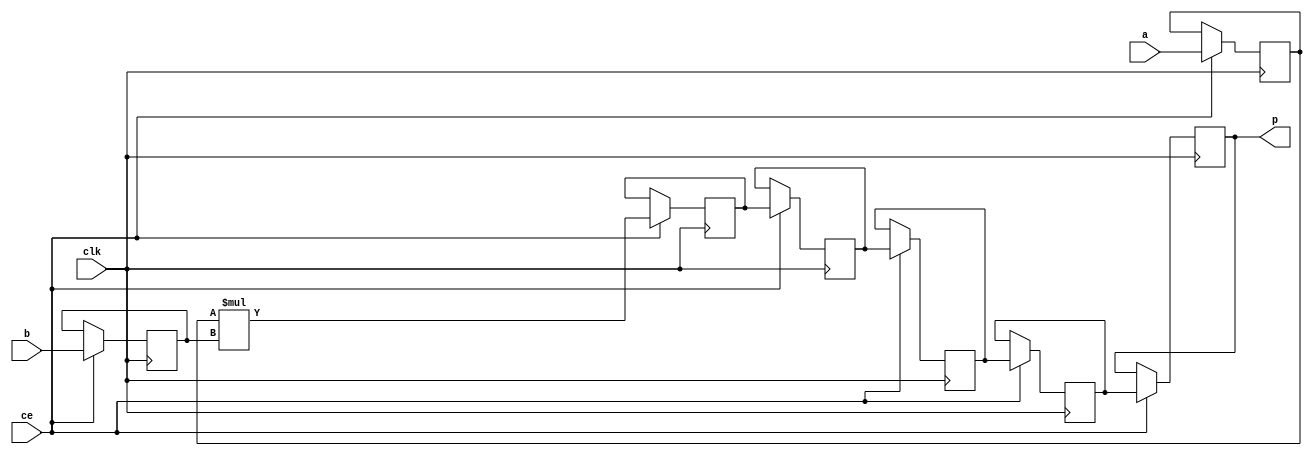
module trace_cntrl_mul_32s_32s_32_7_MulnS_0(clk, ce, a, b, p);
input clk;
input ce;
input[32 - 1 : 0] a; 
input[32 - 1 : 0] b; 
output[32 - 1 : 0] p;
reg signed [32 - 1 : 0] a_reg0;
reg signed [32 - 1 : 0] b_reg0;
wire signed [32 - 1 : 0] tmp_product;
reg signed [32 - 1 : 0] buff0;
reg signed [32 - 1 : 0] buff1;
reg signed [32 - 1 : 0] buff2;
reg signed [32 - 1 : 0] buff3;
reg signed [32 - 1 : 0] buff4;
assign p = buff4;
assign tmp_product = a_reg0 * b_reg0;
always @ (posedge clk) begin
    if (ce) begin
        a_reg0 <= a;
        b_reg0 <= b;
        buff0 <= tmp_product;
        buff1 <= buff0;
        buff2 <= buff1;
        buff3 <= buff2;
        buff4 <= buff3;
    end
end
endmodule